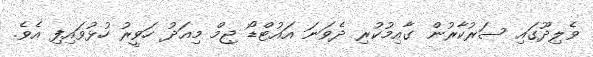
ވެލިދޫގައި ސަރުކާރުން ގާއިމުކުރި ދެވަނަ އައުޓްޑޯ ޖިމް މިއަދު ހަވީރު ހުޅުވައިފި އެވެ.